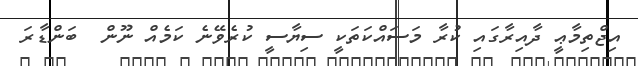
އިޖްތިމާޢީ ދާއިރާގައި ކުރާ މަސައްކަތަކީ ސިޔާސީ ކުރެވޭނެ ކަމެއް ނޫން  ބަންޑާރަ